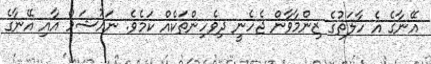
އޭނާގެ އެ ހާލަތުގެ ޒިންމާވާން ޖެހެނީ ދިވެހިންތަކެއް ކަމެވެ. ނައުޝަމް އާއި އޭނާގެ